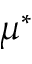
\mu ^ { * }